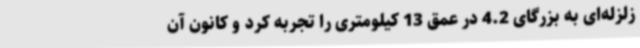
زلزله‌ای به بزرگای 4.2 در عمق 13 کیلومتری را تجربه کرد و کانون آن